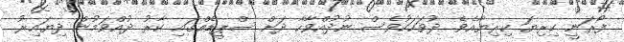
ފޯރަނީ ކިރިޔަ ކިރިޔާއެވެ. ދުވަހަކުވެސް ނުދުއްވާހާ ދަށް ސްޕީޑެއްގައި ކާރު ދުއްވަމުން ދިޔައިރު